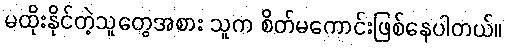
မထိုးနိုင်တဲ့သူတွေအစား သူက စိတ်မကောင်းဖြစ်နေပါတယ်။